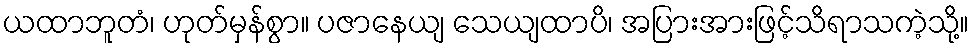
ယထာဘူတံ၊ ဟုတ်မှန်စွာ။ ပဇာနေယျ သေယျထာပိ၊ အပြားအားဖြင့်သိရာသကဲ့သို့။